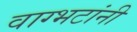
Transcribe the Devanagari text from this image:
वाग्भटांनी